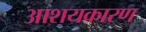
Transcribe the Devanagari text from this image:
आशयकारण